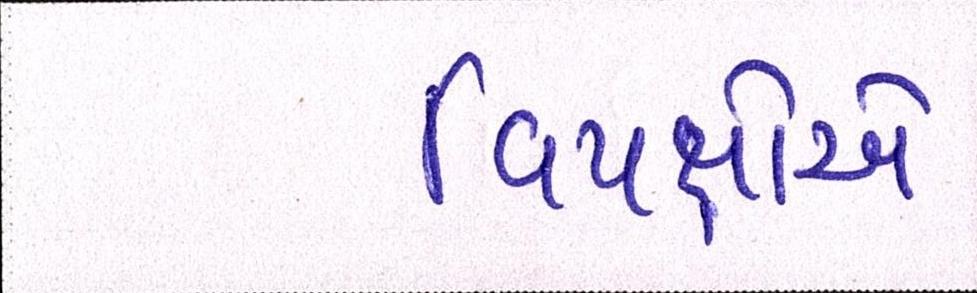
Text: વિપક્ષોએ